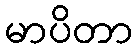
မာပိတာ